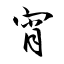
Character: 宵